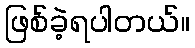
ဖြစ်ခဲ့ရပါတယ်။